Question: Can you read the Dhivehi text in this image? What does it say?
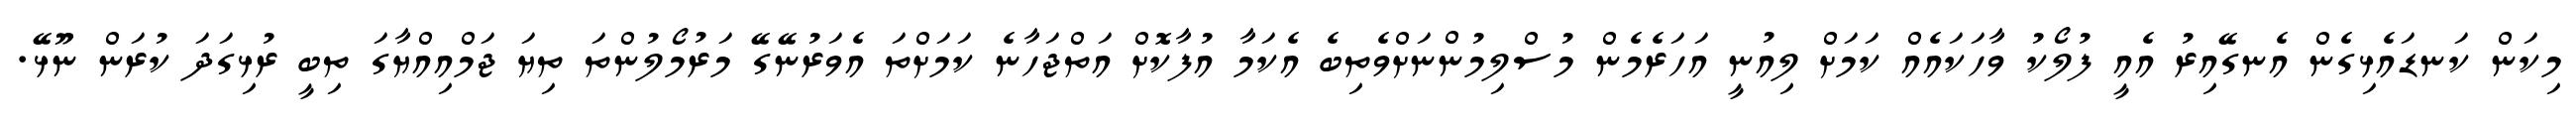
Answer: މިކަން ކަނޑައެޅިގެން އެނގޭއިރު އެއީ ފުލޯކު ވާހަކައެއް ކަމަށް ލިއުނީ އަހަރެމެން މުސްލިމުންނަށްވެތިބެ އެކަމާ އުފާކޮށް އަތްޖަހާނެ ކަމަށްތަ އެވަރުނޭގޭ މަރުމޯލުންތަ ތިޔަ ޖަމްއިއްޔާގަ ތިބީ ރުޅިގަދަ ކުރަން ނޫޅޭ.